Annual statistical returns and brief notes on vaccination in Bengal - 1909-1929
Year: 1909
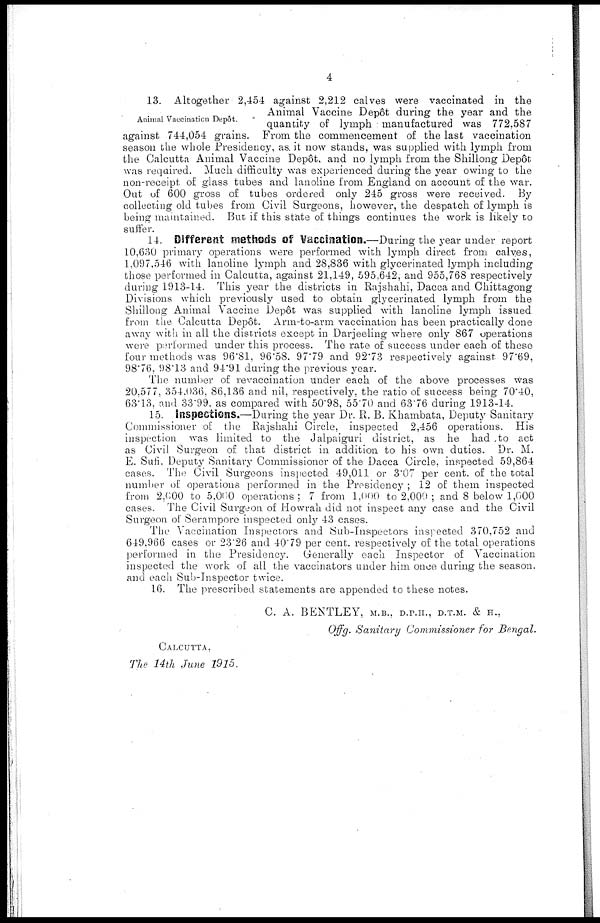
4
Animal Vaccination Depôt.
13. Altogether 2,454 against 2,212 calves were vaccinated in the
Animal Vaccine Depôt during the year and the
quantity of lymph manufactured was 772.587
against 744,054 grains. From the commencement of the last vaccination
season the whole Presidency, as it now stands, was supplied with lymph from
the Calcutta Animal Vaccine Depôt, and no lymph from the Shillong Depôt
was required. Much difficulty was experienced during the year owing to the
non-receipt of glass tubes and lanoline from England on account of the war.
Out of 600 gross of tubes ordered only 245 gross were received. By
collecting old tubes from Civil Surgeons, however, the despatch of lymph is
being maintained. But if this state of things continues the work is likely to
suffer.
14. Different methods of Vaccination.—During the year under report
10,630 primary operations were performed with lymph direct from calves,
1,097,546 with lanoline lymph and 28,836 with glycerinated lymph including
those performed in Calcutta, against 21,149, 595,642, and 955,768 respectively
during 1913-14. This year the districts in Rajshahi, Dacca and Chittagong
Divisions which previously used to obtain glycerinated lymph from the
Shillong Animal Vaccine Depôt was supplied with lanoline lymph issued
from the Calcutta Depôt. Arm-to-arm vaccination has been practically done
away with in all the districts except in Darjeeling where only 867 operations
were performed under this process. The rate of success under each of these
four methods was 96.81, 96.58. 97.79 and 92.73 respectively against 97.69,
98.76, 98.13 and 94.91 during the previous year.
The number of revaccination under each of the above processes was
20,577, 354,036, 86,136 and nil, respectively, the ratio of success being 70.40,
63.13, and 33.99, as compared with 50.98, 55.70 and 63.76 during 1913-14.
15. Inspections.—During the year Dr. R. B. Khambata, Deputy Sanitary
Commissioner of the Rajshahi Circle, inspected 2,456 operations. His
inspection was limited to the Jalpaiguri district, as he had to act
as Civil Surgeon of that district in addition to his own duties. Dr. M.
E. Sufi, Deputy Sanitary Commissioner of the Dacca Circle, inspected 59,864
cases. The Civil Surgeons inspected 49,011 or 3.07 per cent. of the total
number of operations performed in the Presidency ; 12 of them inspected
from 2,000 to 5,000 operations ; 7 from 1,000 to 2,000 ; and 8 below 1,000
cases. The Civil Surgeon of Howrah did not inspect any case and the Civil
Surgeon of Serampore inspected only 43 cases.
The Vaccination Inspectors and Sub-Inspectors inspected 370,752 and
649,966 cases or 23.26 and 40.79 per cent. respectively of the total operations
performed in the Presidency.
Generally each Inspector of Vaccination
inspected the work of all the vaccinators under him once during the season.
and each Sub-Inspector twice.
16. The prescribed statements are appended to these notes.
C. A. BENTLEY, M.B., D.P.H., D.T.M. & H.,
Offg. Sanitary Commissioner for Bengal.
CALCUTTA,
The 14th June 1915.